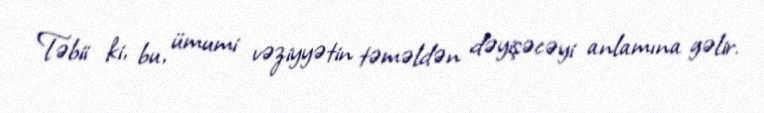
Təbii ki, bu, ümumi vəziyyətin təməldən dəyişəcəyi anlamına gəlir.